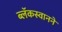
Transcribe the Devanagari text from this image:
ब्लॅकस्वानने